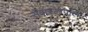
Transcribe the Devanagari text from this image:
सेवास्टोपॉल